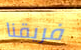
فريقنا